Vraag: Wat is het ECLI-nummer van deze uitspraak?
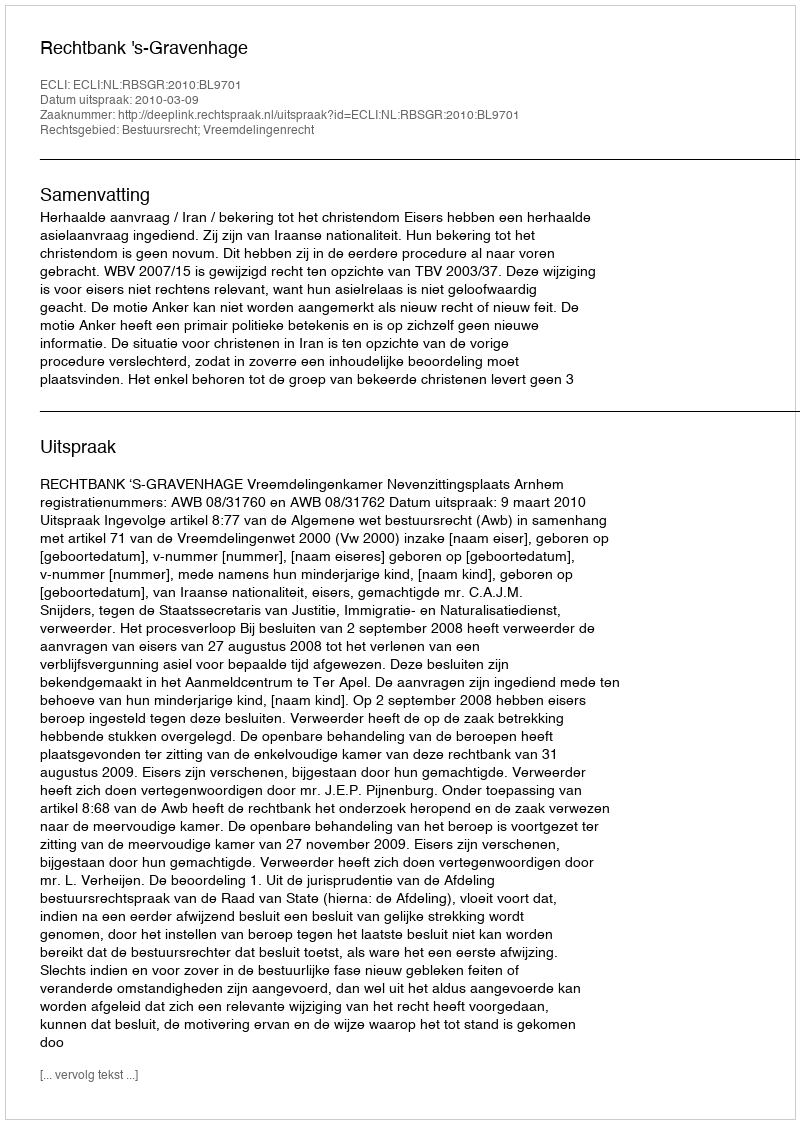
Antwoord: ECLI:NL:RBSGR:2010:BL9701